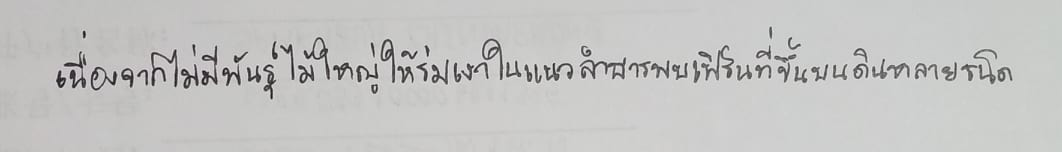
เนื่องจากไม่มีพันธุ์ไม้ใหญ่ให้ร่มเงาในแนวลำธารพบเฟิร์นที่ขึ้นบนดินหลายชนิด